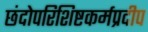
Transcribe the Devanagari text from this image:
छंदोपरिशिष्टकर्मप्रदीप